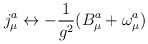
\begin{align*}j^{a}_{\mu} \leftrightarrow - \frac{1}{g^{2}} (B^{a}_{\mu} +\omega^{a}_{\mu}) \end{align*}